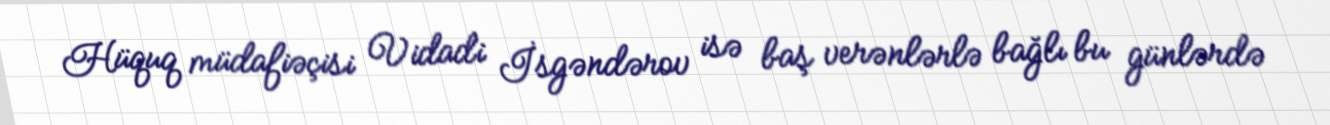
Hüquq müdafiəçisi Vidadi İsgəndərov isə baş verənlərlə bağlı bu günlərdə